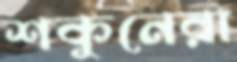
শকুনেরা